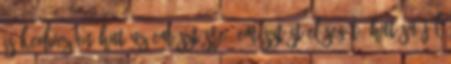
is kedvezően hat az emésztésre, emésztést elősegítő hatása jól